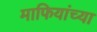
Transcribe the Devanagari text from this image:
माफियांच्या